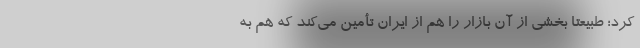
کرد؛ طبیعتاً بخشی از آن بازار را هم از ایران تأمین می‌کند که هم به